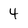
Character: 4